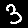
Digit: 3